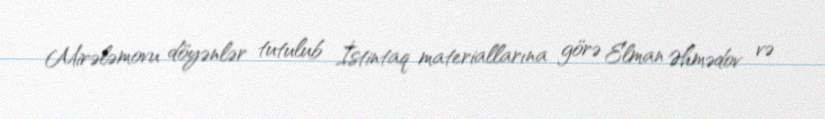
Mirələmovu döyənlər tutulub İstintaq materiallarına görə Elman Əhmədov və